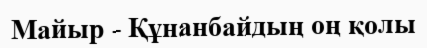
Майыр - Құнанбайдың оң қолы